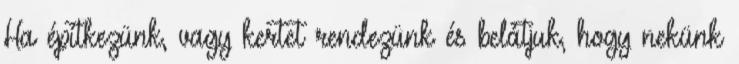
Ha építkezünk, vagy kertet rendezünk és belátjuk, hogy nekünk